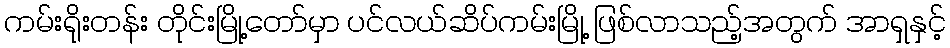
ကမ်းရိုးတန်း တိုင်းမြို့တော်မှာ ပင်လယ်ဆိပ်ကမ်းမြို့ ဖြစ်လာသည့်အတွက် အာရှနှင့်